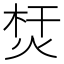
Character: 𤉀